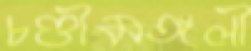
চণ্ডীমঙ্গলী